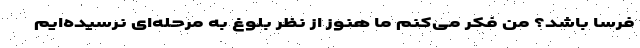
فرسا باشد؟ من فکر می‌کنم ما هنوز از نظر بلوغ به مرحله‌ای نرسیده‌ایم